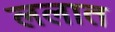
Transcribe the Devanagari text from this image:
ललात